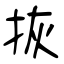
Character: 拻